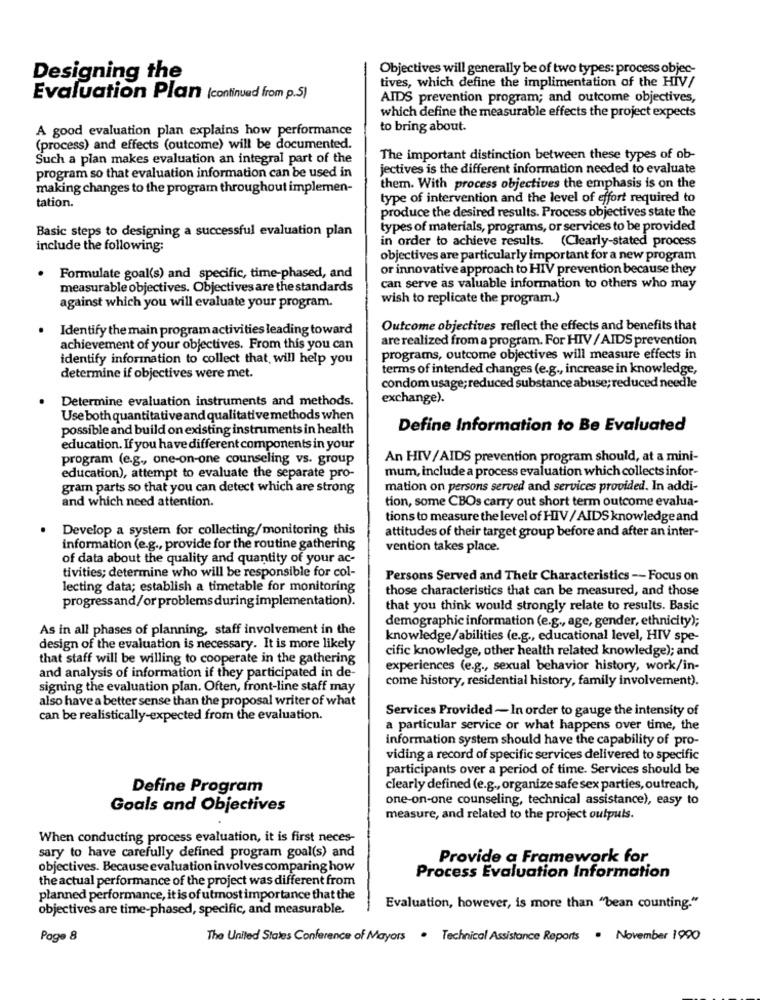
Objectives will generally be of two types: process objec-
Designing the
tives, which define the implimentation of the HIV/
Evaluation Plan (continued from p.5)
AIDS prevention program; and outcome objectives,
which define the measurable effects the project expects
A good evaluation plan explains how performance
to bring about.
(process) and effects (outcome) will be documented.
Such a plan makes evaluation an integral part of the
The important distinction between these types of ob-
program so that evaluation information can be used in
jectives is the different information needed to evaluate
making changes to the program throughout implemen-
them. With process objectives the emphasis is on the
tation.
type of intervention and the level of effort required to
produce the desired results. Process objectives state the
Basic steps to designing a successful evaluation plan
types of materials, programs, or services to be provided
in order to achieve results. (Clearly-stated process
include the following:
objectives are particularly important for a new program
or innovative approach to HIV prevention because they
· Formulate goal(s) and specific, time-phased, and
measurable objectives. Objectives are the standards
can serve as valuable information to others who may
wish to replicate the program.)
against which you will evaluate your program.
Identify the main program activities leading toward
Outcome objectives reflect the effects and benefits that
are realized from a program. For HIV / AIDS prevention
achievement of your objectives. From this you can
identify information to collect that will help you
programs, outcome objectives will measure effects in
terms of intended changes (e.g ., increase in knowledge,
determine if objectives were met.
condom usage; reduced substance abuse; reduced needle
Determine evaluation instruments and methods.
exchange).
Use both quantitative and qualitative methods when
possible and build on existing instruments in health
Define Information to Be Evaluated
education. If you have different components in your
program (e.g ., one-on-one counseling vs. group
An HIV/AIDS prevention program should, at a mini-
mum, include a process evaluation which collects infor-
education), attempt to evaluate the separate pro-
gram parts so that you can detect which are strong
mation on persons served and services provided. In addi-
and which need attention.
tion, some CBOs carry out short term outcome evalua-
tions to measure the level of HIV / AIDS knowledge and
Develop a system for collecting/monitoring this
attitudes of their target group before and after an inter-
information (e.g ., provide for the routine gathering
vention takes place.
of data about the quality and quantity of your ac-
tivities; determine who will be responsible for col-
Persons Served and Their Characteristics -- Focus on
lecting data; establish a timetable for monitoring
those characteristics that can be measured, and those
progressand/or problems during implementation).
that you think would strongly relate to results. Basic
demographic information (e.g ., age, gender, ethnicity);
As in all phases of planning, staff involvement in the
knowledge/abilities (e.g ., educational level, HIV spe-
design of the evaluation is necessary. It is more likely
cific knowledge, other health related knowledge); and
that staff will be willing to cooperate in the gathering
and analysis of information if they participated in de-
experiences (e.g ., sexual behavior history, work/in-
come history, residential history, family involvement).
signing the evaluation plan. Often, front-line staff may
also have a better sense than the proposal writer of what
Services Provided - In order to gauge the intensity of
can be realistically-expected from the evaluation.
a particular service or what happens over time, the
information system should have the capability of pro-
viding a record of specific services delivered to specific
participants over a period of time. Services should be
Define Program
clearly defined (e.g ., organize safe sex parties, outreach,
one-on-one counseling, technical assistance), easy to
Goals and Objectives
measure, and related to the project outputs.
When conducting process evaluation, it is first neces-
sary to have carefully defined program goal(s) and
Provide a Framework for
objectives. Because evaluation involves comparing how
the actual performance of the project was different from
Process Evaluation Information
planned performance, it is of utmost importance that the
objectives are time-phased, specific, and measurable.
Evaluation, however, is more than "bean counting."
Page 8
The United States Conference of Mayers . Technical Assistance Reports. November 1990